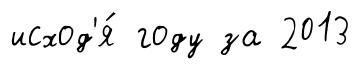
исход'я́ году за 2013